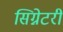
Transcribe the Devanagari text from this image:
सिग्नेटरी